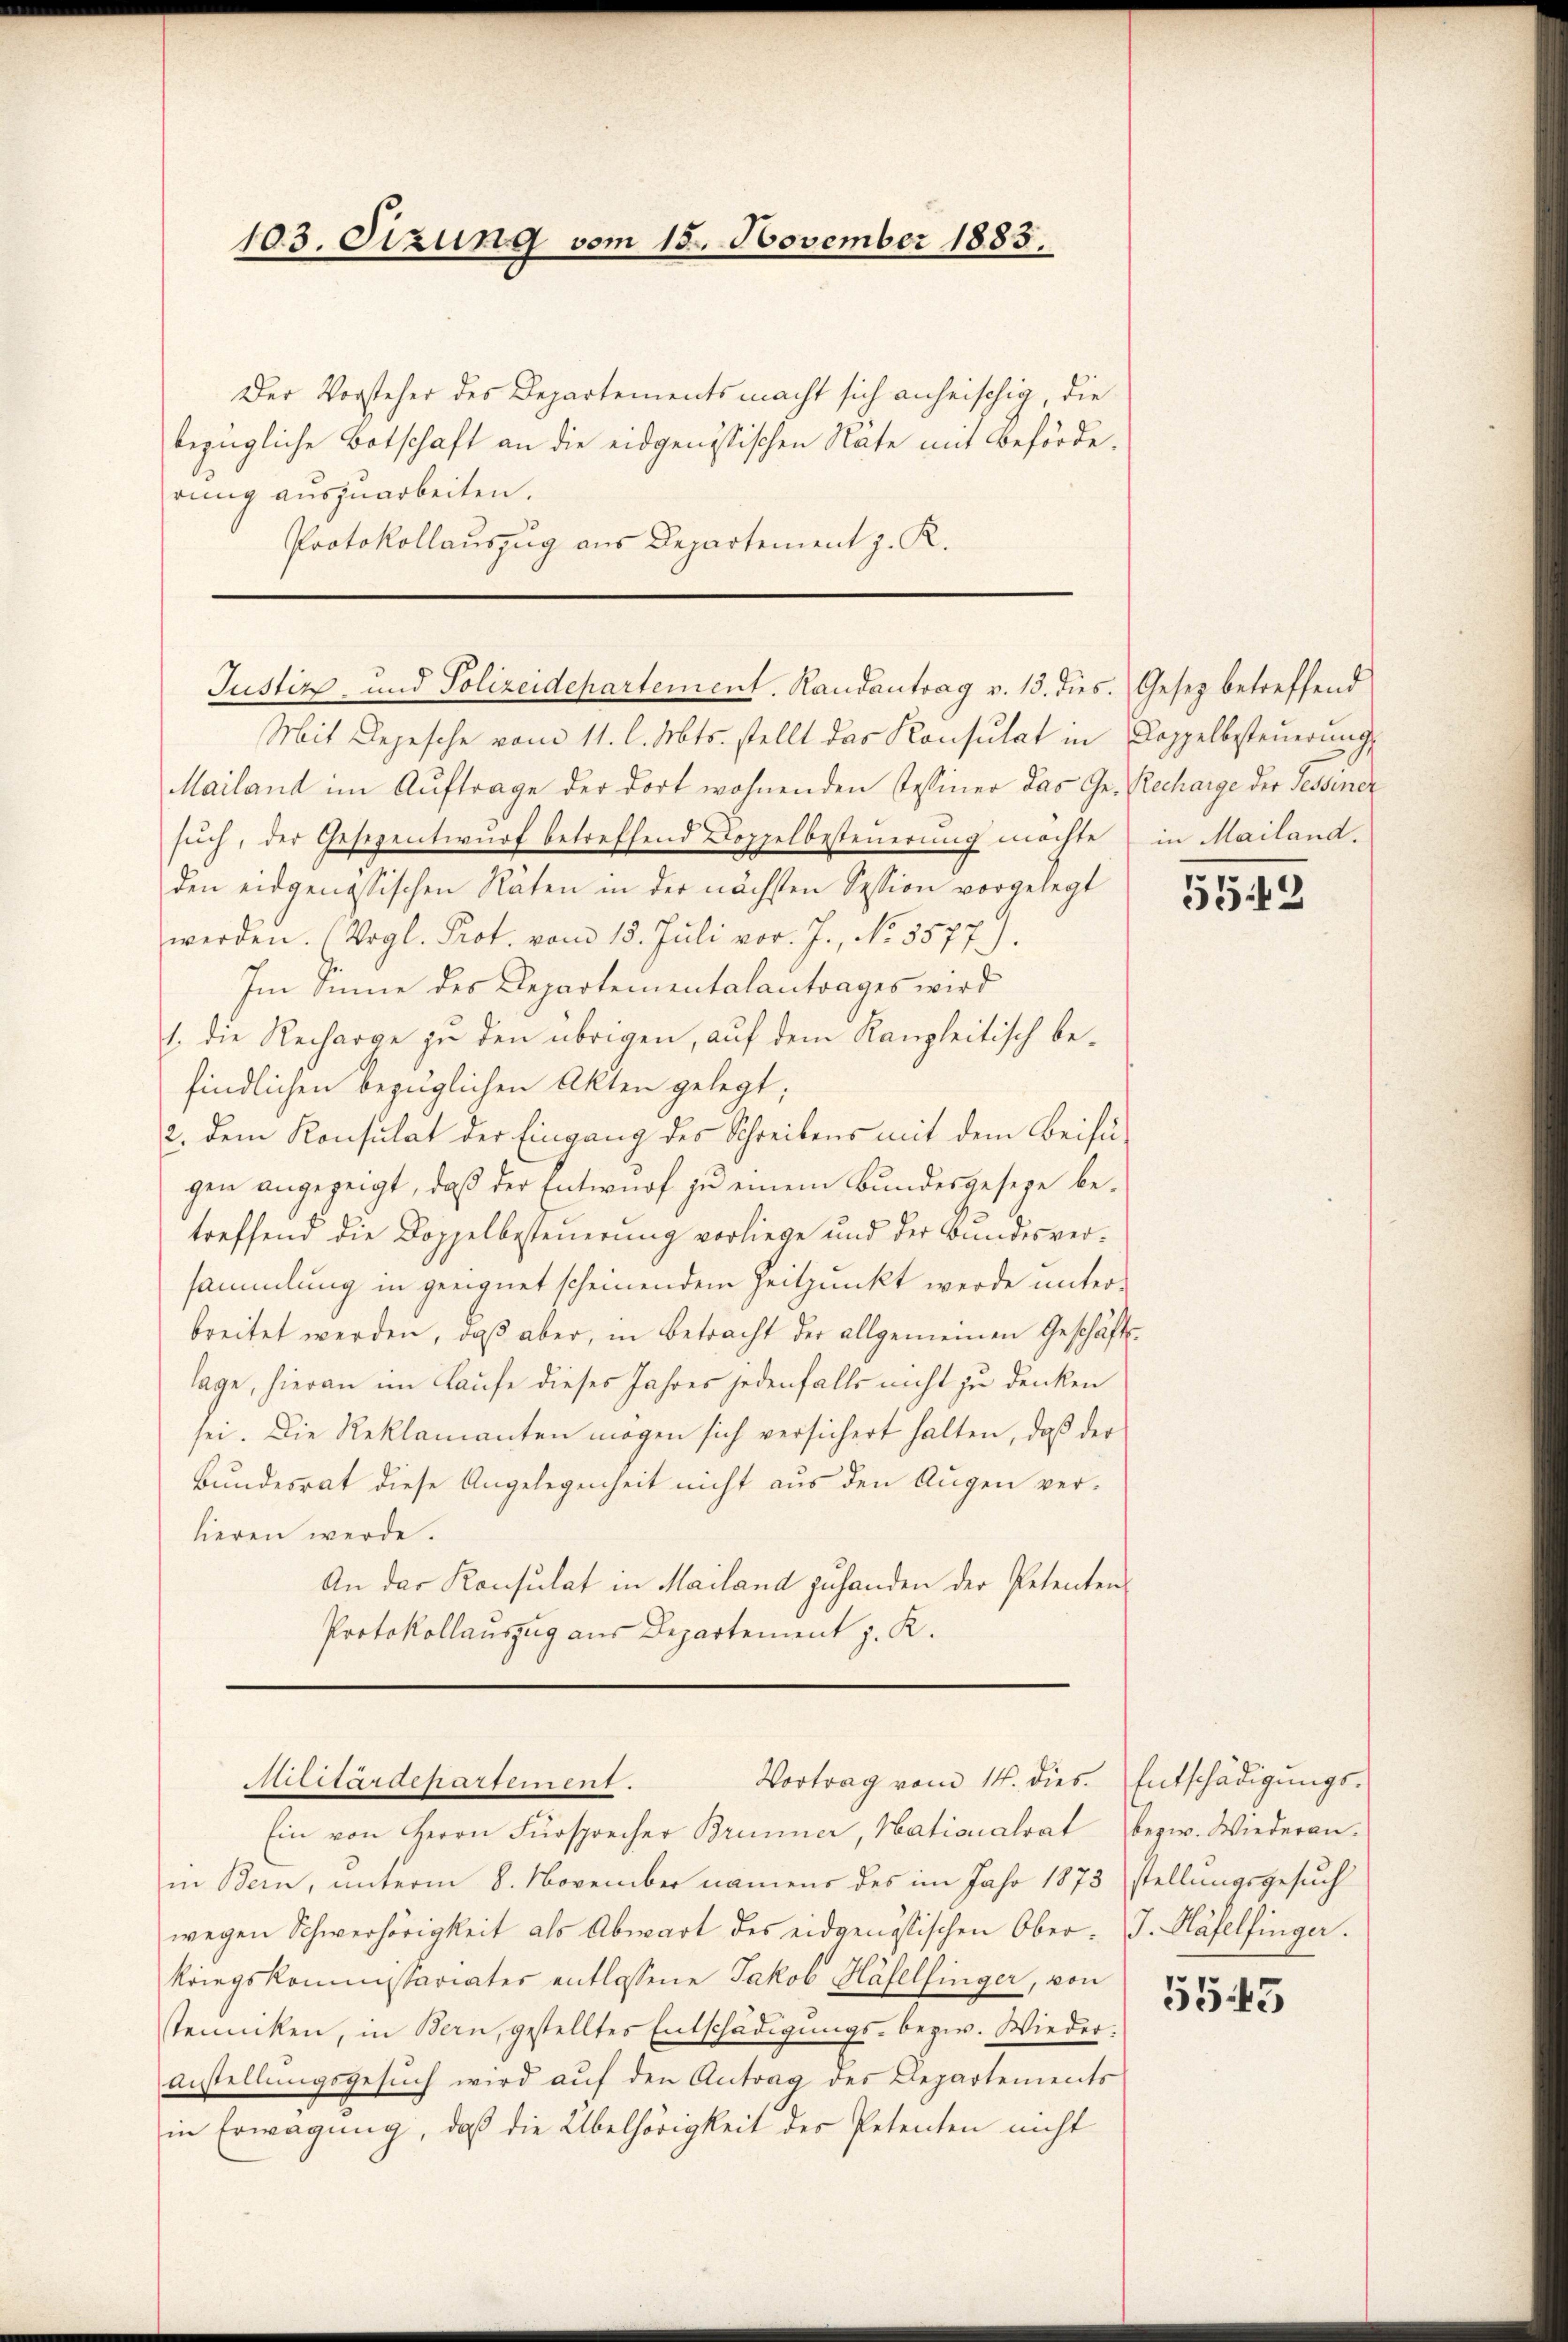
103. Sizung vom 15. November 1885.

Der Vorsteher des Departements macht sich anheischig, die
bezügliche Botschaft an die eidgenössischen Nate mit Beförderung auszuarbeiten.
Protokollauszug aus Departement z. K.

Justiz- und Polizeidepartement. Randantrag v. 13. dies. Gesez betreffend

Mit Depesche vom 11. l. Mts. stellt das Konsulat in Koppelbesteŭerŭngs
Mailand im Auftrage der dort wohnenden Tessiner das Ge- Recharge der Tessiner
such, der Gesezentwurf betreffend Doppelbesteuerung möchte
den eidgenössischen Räten in der nächsten Session vorgelegt
werden. (Vogl. Prot. vom 15. Juli vor. J., No 5577.
Im Sinne des Departementalantrages wird
1. die Recharge zu den übrigen, auf dem Kanzleitisch befindlichen bezüglichen Akten gelegt;
2. dem Konsulat der Eingang des Schreibens mit dem Beifügen angezeigt, daß der Entwurf zu einem Bundesgeseze betreffend die Doppelbesteuerung vorliege und der Bundesver-
sammlung in geeignet scheinen dem Zeitpunkt werde unterbreitet werden, daß aber, in Betracht der allgemeinen Geschäftslage, hieran im Laufe dieses Jahres jedenfalls nicht zu denken
sei. Die Reklamanten mögen sich versichert halten, daß der
Bundesrat diese Angelegenheit nicht aus den Augen verlieren werde.
An der Konsulat in Mailand zuhanden der Petentens
Protokollauszug aus Departement z. K.

Vortrag vom 14. dies.
Stilitärdepartement.
Ein von Herrn Fürsprecher Brunner, Hationalrat

in Bern, unterm 8. November namens des im Jahr 1873
wegen Schwerhörigkeit als Abwart des eidgenössischen Oberkriegskommissariater entlassene Jakob Haselfinger, von
steinicken, in Bern, gestelltes Entschädigungs- bezw. Wieder¬
Anstellungsgesuch wird auf den Antrag des Departements
in Erwägung, daß die Übelhörigkeit des Petenten nicht

in Mailand.

553

Entschädigungs-
bezw. Wiederan.
stellungsgesuch
J. Häfelfinger.

5543